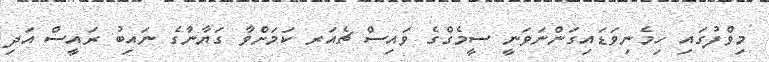
މިވްފުގައި ހިމެނިވަޑައިގަންނަވަނީ ސީމެގްގެ ވައިސް ޗެއަރ ކަމަށްވާ ގަޔާނާގެ ނައިބު ރައީސް އަދި